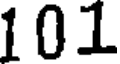
101